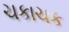
ચકાચક